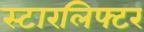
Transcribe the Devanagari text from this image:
स्टारलिफ्टर